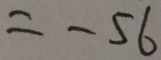
= - 5 6